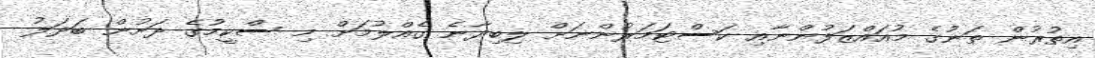
އިތުރުން ތަނުގެ މުއައްޒަފުންނާއި ކަސްޓަމަރުންނަށް ލިބިދާނެ ގެއްލުމަށް މި ސްކީމުގެ ދަށުން ބަދަލު